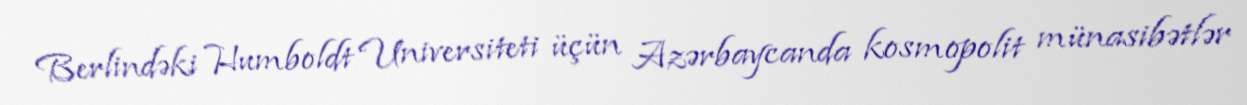
Berlindəki Humboldt Universiteti üçün Azərbaycanda kosmopolit münasibətlər